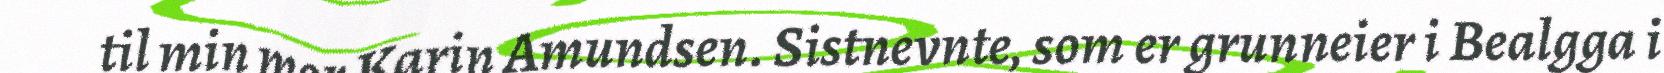
til min mor Karin Amundsen. Sistnevnte, som er grunneier i Bealgga i